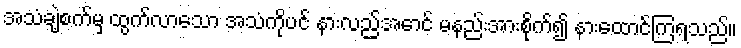
အသံချဲ့စက်မှ ထွက်လာသော အသံကိုပင် နားလည်အောင် မနည်းအားစိုက်၍ နားထောင်ကြရသည်။